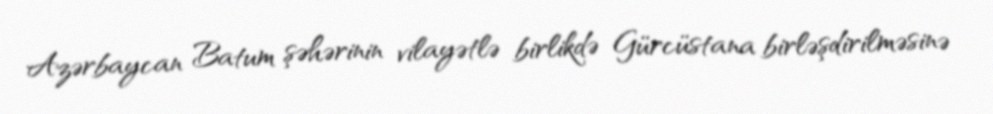
Azərbaycan Batum şəhərinin vilayətlə birlikdə Gürcüstana birləşdirilməsinə